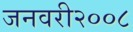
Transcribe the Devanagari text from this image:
जनवरी२००८